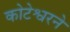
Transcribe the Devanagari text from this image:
कोटेश्वरने